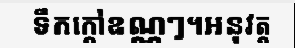
ទឹកក្តៅឧណ្ណៗ។អនុវត្ត